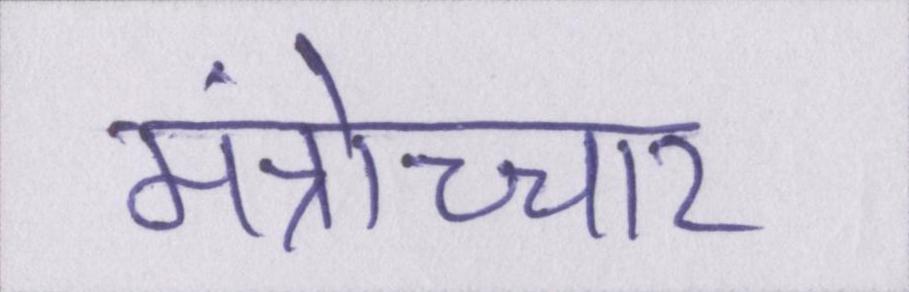
मंत्रोच्चार